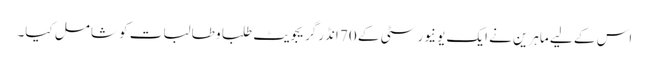
اس کے لیے ماہرین نے ایک یونیورسٹی کے 70 انڈرگریجویٹ طلبا و طالبات کو شامل کیا۔